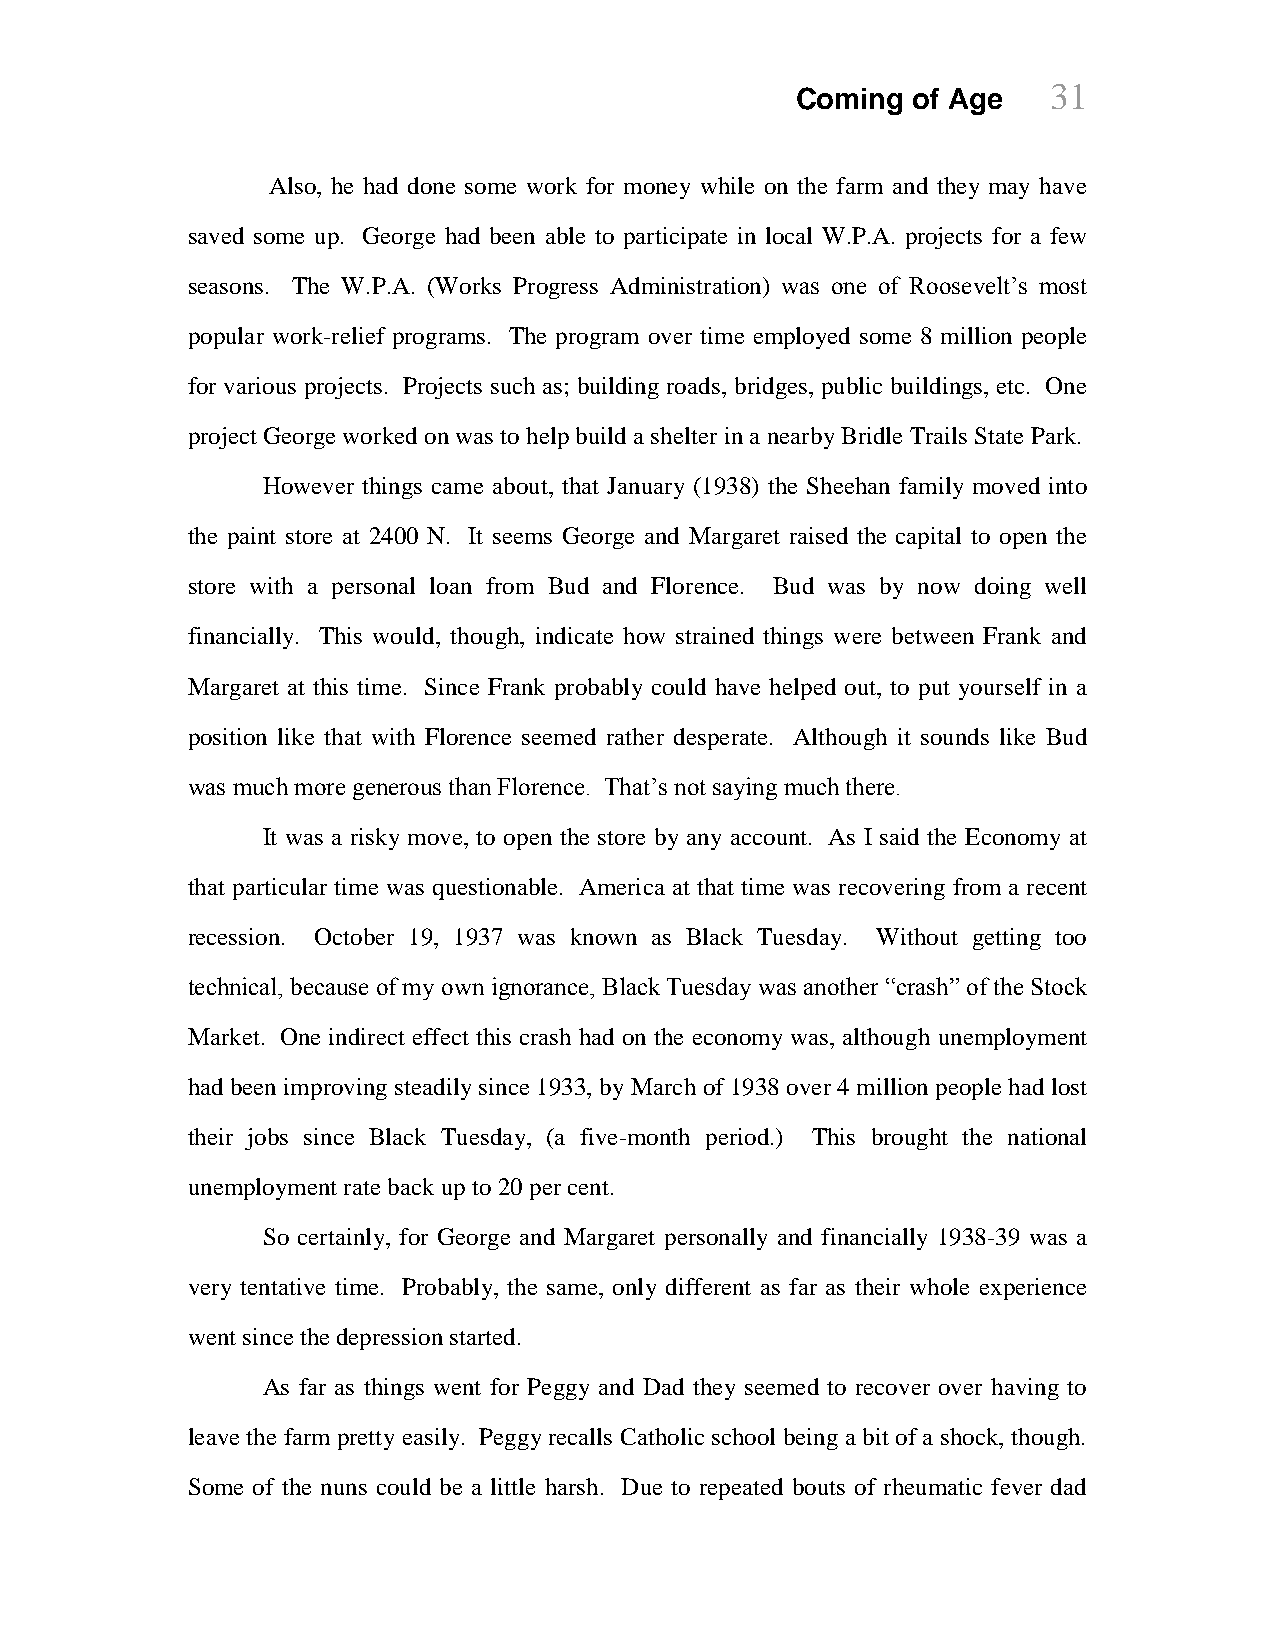
Coming of Age    31
 Also, he had done some work for money while on the farm and they may have
 saved some up. George had been able to participate in local W.P.A. projects for a few
 seasons. The W.P.A. (Works Progress Administration) was one of Roosevelt’s most
 popular work-relief programs. The program over time employed some 8 million people
 for various projects. Projects such as; building roads, bridges, public buildings, etc. One
 project George worked on was to help build a shelter in a nearby Bridle Trails State Park.
 However things came about, that January (1938) the Sheehan family moved into
 the paint store at 2400 N. It seems George and Margaret raised the capital to open the
 store with a personal loan from Bud and Florence. Bud was by now doing well
 financially. This would, though, indicate how strained things were between Frank and
 Margaret at this time. Since Frank probably could have helped out, to put yourself in a
 position like that with Florence seemed rather desperate. Although it sounds like Bud
 was much more generous than Florence. That’s not saying much there.
 It was a risky move, to open the store by any account. As I said the Economy at
 that particular time was questionable. America at that time was recovering from a recent
 recession. October 19, 1937 was known as Black Tuesday. Without getting too
 technical, because of my own ignorance, Black Tuesday was another “crash” of the Stock
 Market. One indirect effect this crash had on the economy was, although unemployment
 had been improving steadily since 1933, by March of 1938 over 4 million people had lost
 their jobs since Black Tuesday, (a five-month period.) This brought the national
 unemployment rate back up to 20 per cent.
 So certainly, for George and Margaret personally and financially 1938-39 was a
 very tentative time. Probably, the same, only different as far as their whole experience
 went since the depression started.
 As far as things went for Peggy and Dad they seemed to recover over having to
 leave the farm pretty easily. Peggy recalls Catholic school being a bit of a shock, though.
 Some of the nuns could be a little harsh. Due to repeated bouts of rheumatic fever dad